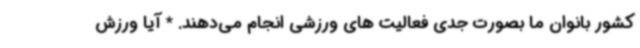
کشور بانوان ما بصورت جدی فعالیت های ورزشی انجام می‌دهند. * آیا ورزش